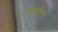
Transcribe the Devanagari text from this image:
परिनिठापितम्